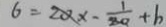
6 = 2 0 x - \frac { 1 } { 2 0 } + b